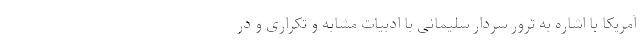
آمریکا با اشاره به ترور سردار سلیمانی با ادبیات مشابه و تکراری و در